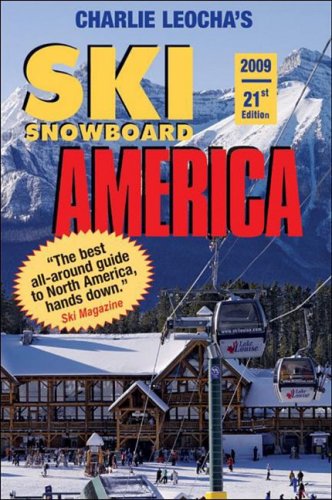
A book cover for Leocha's Ski Snowboard America 2009: Top Winter Resorts in USA and Canada (Ski Snowboard America and Canada) (Ski Snowboard America & Canada: Top Winter Resorts in USA & Canada); Charlie Leocha; Sports & Outdoors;